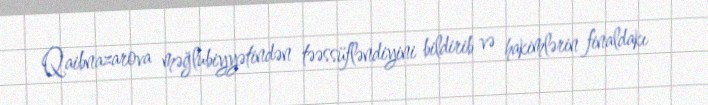
Qaibnazarova məğlubiyyətindən təəssüfləndiyini bildirib və hakimlərin finaldakı